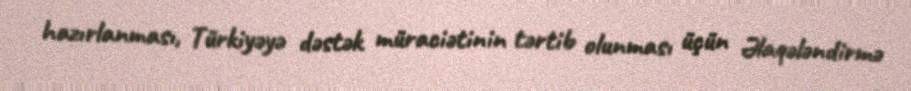
hazırlanması, Türkiyəyə dəstək müraciətinin tərtib olunması üçün Əlaqələndirmə